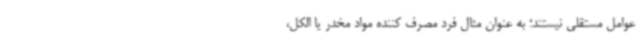
عوامل مستقلی نیستند؛ به عنوان مثال فرد مصرف کننده مواد مخدر یا الکل،